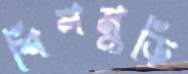
শিলমুড়ি